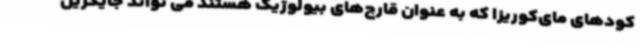
کودهای مای‌کوریزا که به عنوان قارچ‌های بیولوژیک هستند می تواند جایگزین